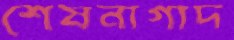
শেষনাগাদ